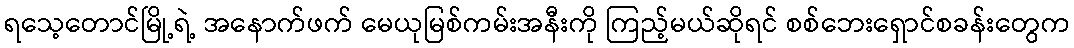
ရသေ့တောင်မြို့ရဲ့ အနောက်ဖက် မေယုမြစ်ကမ်းအနီးကို ကြည့်မယ်ဆိုရင် စစ်ဘေးရှောင်စခန်းတွေက